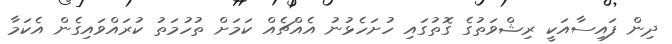
ދިން ފައިސާއަކީ ރިޝްވަތުގެ ގޮތުގައި ހުށަހެޅުނު އެއްޗެއް ކަމަށް ތުހުމަތު ކުރައްވައިގެން އެކަމާ